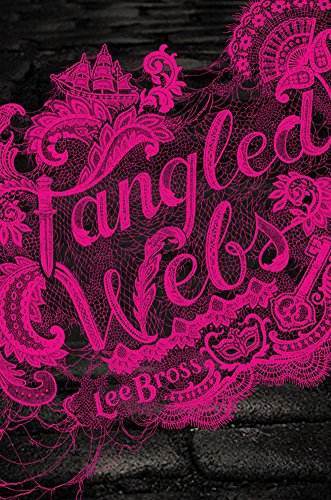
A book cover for Tangled Webs; Lee Bross; Teen & Young Adult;